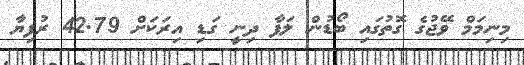
މިނިމަމް ވޭޖުގެ ގޮތުގައި ބޯޑުން ލަފާ ދިނީ ގަޑި އިރަކަށް 42.79 ރުފިޔާ